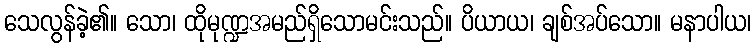
သေလွန်ခဲ့၏။ သော၊ ထိုမုဏ္ဍအမည်ရှိသောမင်းသည်။ ပိယာယ၊ ချစ်အပ်သော။ မနာပါယ၊